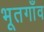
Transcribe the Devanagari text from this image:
भूतगाँव